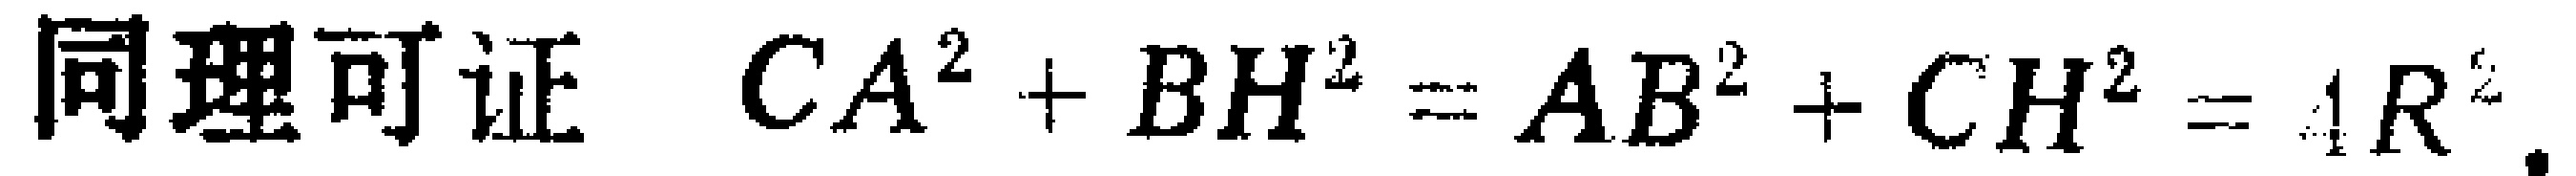
同理可证 \(CA^{2}+BH^{2}=AB^{2}+CH^{2}=4R^{2}\)